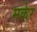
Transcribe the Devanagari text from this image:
मकेर